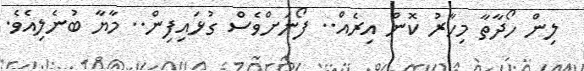
ލިން ހޯދާތާ މިހާރު ކޮން އިރެއް.. ފޯނަށްވެސް ގުޅައިފިން.. މާޔާ ބުނެލިއެވެ.